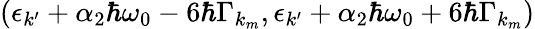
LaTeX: (\epsilon_{k^{\prime}}+\alpha_{2}\hbar\omega_{0}-6\hbar\Gamma_{k_{m}},\epsilon_{k^{\prime}}+\alpha_{2}\hbar\omega_{0}+6\hbar\Gamma_{k_{m}})